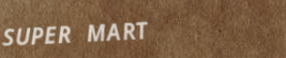
SUPER MART